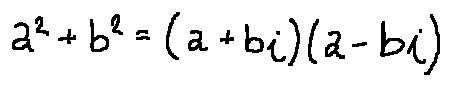
a ^ { 2 } + b ^ { 2 } = ( a + b i ) ( a - b i )